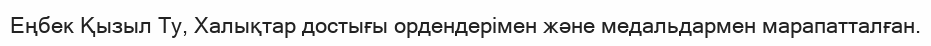
Еңбек Қызыл Ту, Халықтар достығы ордендерімен және медальдармен марапатталған.